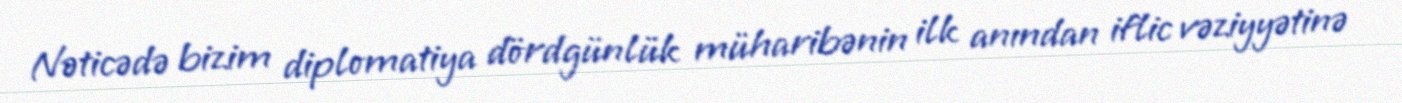
Nəticədə bizim diplomatiya dördgünlük müharibənin ilk anından iflic vəziyyətinə